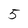
Character: 5